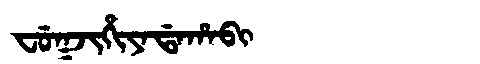
Manchu: ᠸᡠᡴᠵᡳᡥᡳᠶᠠᡩᠠᡥᠠᠪᡳ
Romanization: FUKJIHIYADAHABI